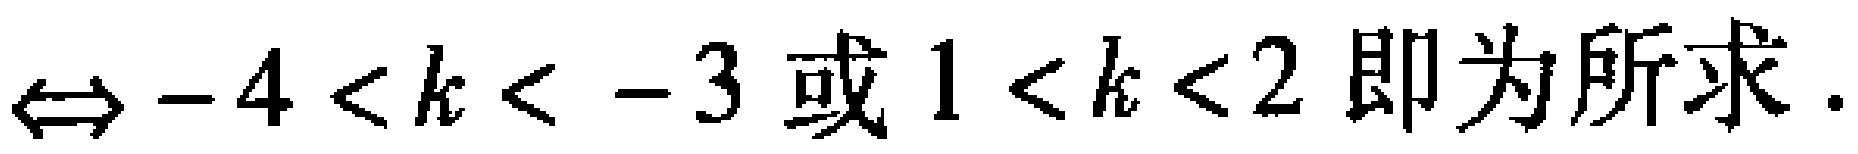
$\Leftrightarrow -4 < k < -3\text{ 或 }1 < k < 2\text{ 即为所求}.$